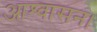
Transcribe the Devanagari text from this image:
आश्‍वासन।